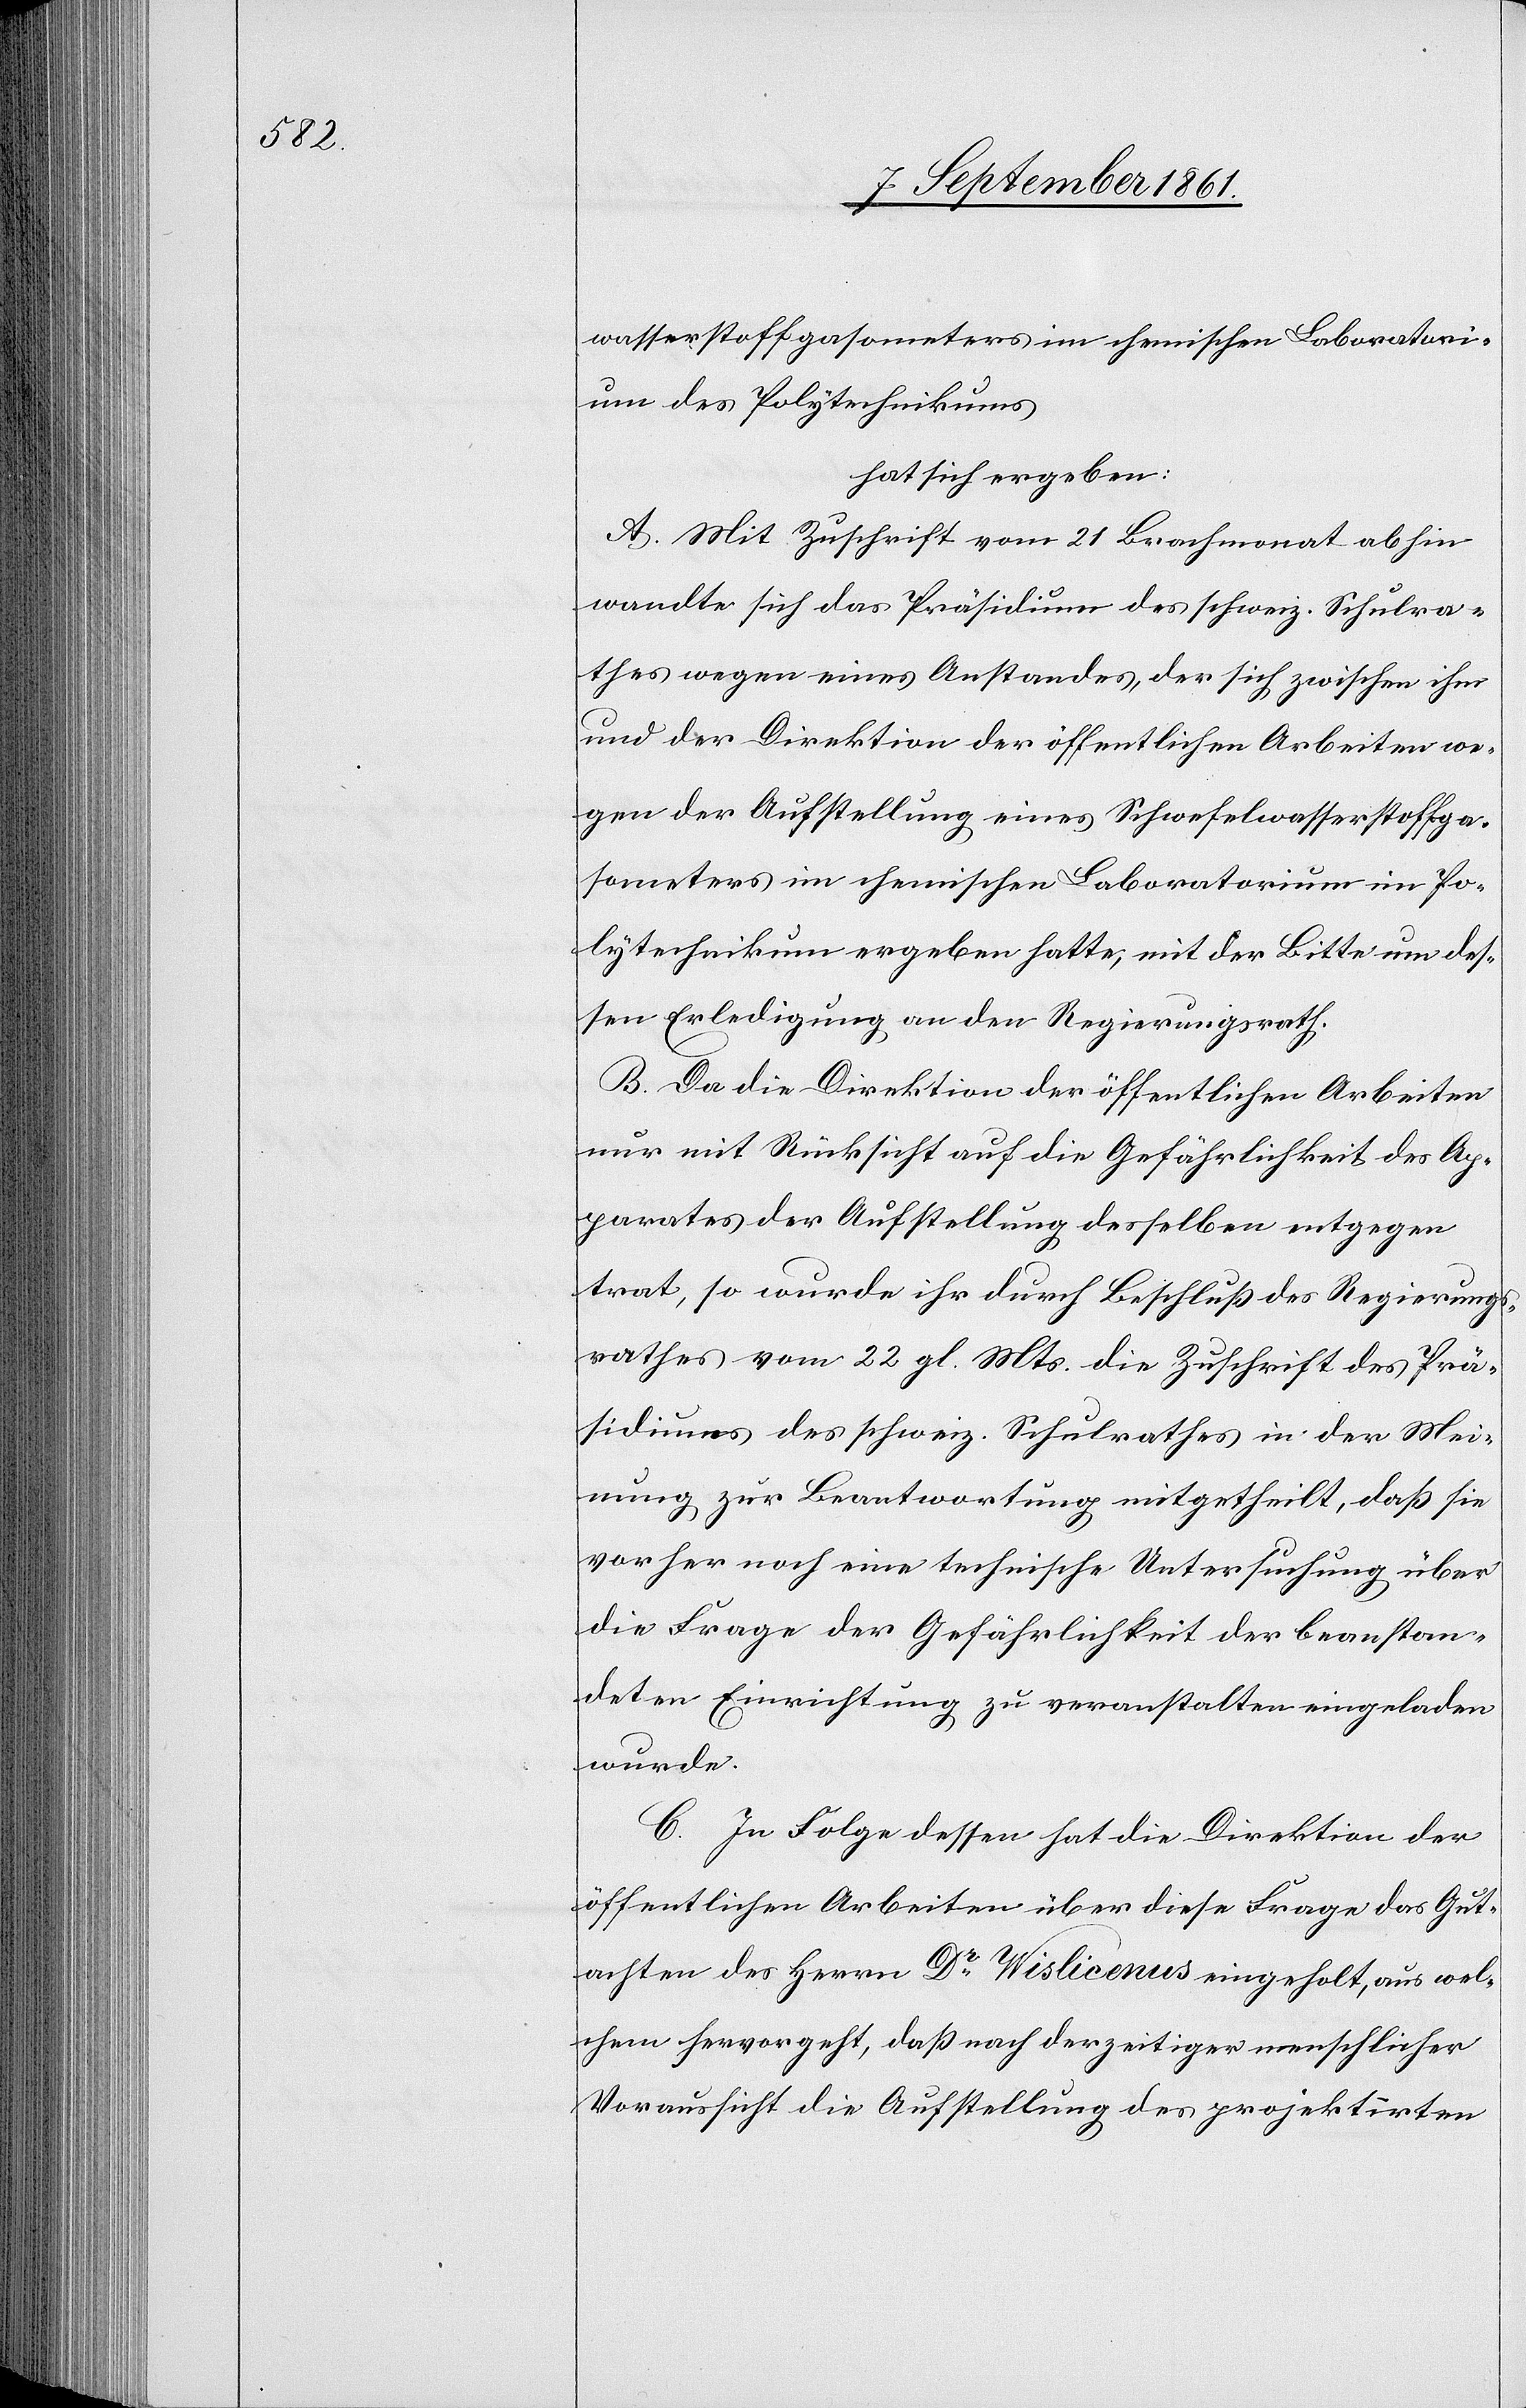
wasserstoffgasometers im chemischen Laboratori¬
um des Polytechnikums
hat sich ergeben:
A. Mit Zuschrift vom 21 Brachmonat abhin
wandte sich das Präsidium des schweiz. Schulra¬
thes wegen eines Anstandes, der sich zwischen ihm
und der Direktion der öffentlichen Arbeiten we¬
gen der Aufstellung eines Schwefelwasserstoffga¬
someters im chemischen Laboratorium im Po¬
lytechnikum ergeben hatte, mit der Bitte um des¬
sen Erledigung an den Regierungsrath.
B. Da die Direktion der öffentlichen Arbeiten
nur mit Rücksicht auf die Gefährlichkeit des Ap¬
parates der Aufstellung desselben entgegen
trat, so wurde ihr durch Beschluß des Regierungs¬
rathes vom 22 gl. Mts. die Zuschrift des Prä¬
sidiums des schweiz. Schulrathes in der Mei¬
nung zur Beantwortung mitgetheilt, daß sie
vorher noch eine technische Untersuchung über
die Frage der Gefährlichkeit der beanstan¬
deten Einrichtung zu veranstalten eingeladen
wurde.
C. In Folge dessen hat die Direktion der
öffentlichen Arbeiten über diese Frage das Gut¬
achten des Herrn Dr Wislicenus eingeholt, aus wel¬
chem hervorgeht, daß nach derzeitiger menschlicher
Voraussicht die Aufstellung des projektirten